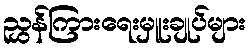
ညွှန်ကြားရေးမှူးချုပ်များ